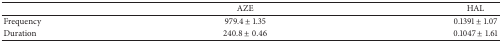
<table><thead><tr><td><b> </b></td><td><b>AZE</b></td><td><b>HAL</b></td></tr></thead><tbody><tr><td>Frequency</td><td>979.4 ± 1.35</td><td>0.1391 ± 1.07</td></tr><tr><td>Duration</td><td>240.8 ± 0.46</td><td>0.1047 ± 1.61</td></tr></tbody></table>